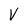
Character: v